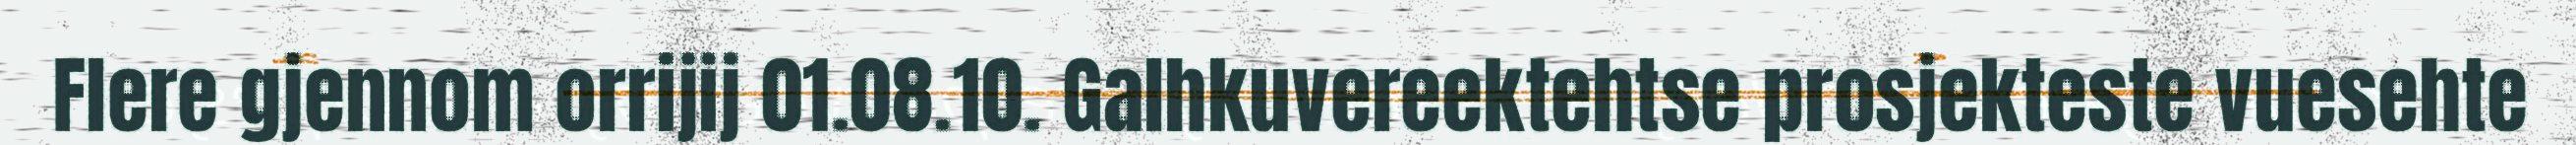
Flere gjennom orrijij 01.08.10. Galhkuvereektehtse prosjekteste vuesehte